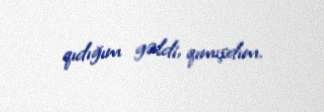
qıdığım gəldi, qımışdım.